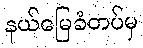
နယ်မြေခံတပ်မှ